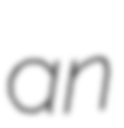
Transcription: an